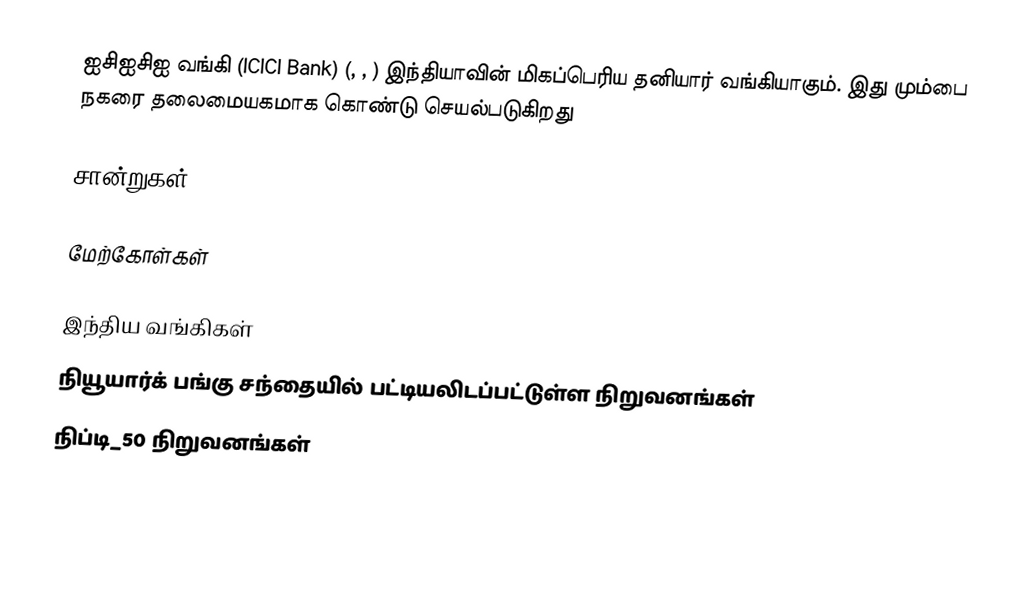
ஐசிஐசிஐ வங்கி (ICICI Bank) (, , ) இந்தியாவின் மிகப்பெரிய தனியார் வங்கியாகும். இது மும்பை நகரை தலைமையகமாக கொண்டு செயல்படுகிறது

சான்றுகள்

மேற்கோள்கள்

இந்திய வங்கிகள்
நியூயார்க் பங்கு சந்தையில் பட்டியலிடப்பட்டுள்ள நிறுவனங்கள்
நிப்டி_50 நிறுவனங்கள்